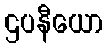
ဌပနီယော